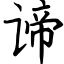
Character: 谛